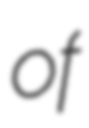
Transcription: of